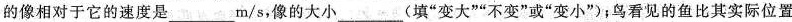
的像相对于它的速度是___m/s，像的大小___(填”变大””不变”或”变小”；鸟看见的鱼比其实际位置